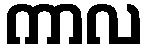
ကာလ